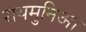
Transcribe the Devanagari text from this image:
रायमुनिआ